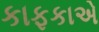
કાફકાએ